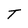
Character: T